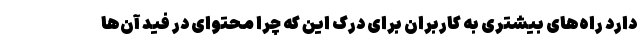
دارد راه‌های بیشتری به کاربران برای درک این که چرا محتوای در فید آن‌ها